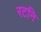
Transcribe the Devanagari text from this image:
रटनि